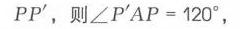
\(PP'\)，则\(\angle P'AP = 120^{\circ}\)，